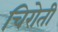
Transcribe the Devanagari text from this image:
चिरोती